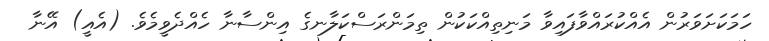
ހަމަކަށަވަރުން އެއްކުރައްވާފައިވާ މަނިތިއްކަކުން ތިމަންރަސްކަލާނގެ އިންސާނާ ހެއްދެވީމެވެ. (އެއީ) އޭނާ